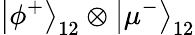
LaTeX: \left|\phi^{+}\right\rangle_{12}\otimes\left|\mu^{-}\right\rangle_{12}